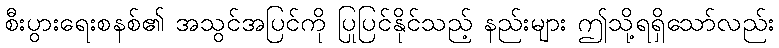
စီးပွားရေးစနစ်၏ အသွင်အပြင်ကို ပြုပြင်နိုင်သည့် နည်းများ ဤသို့ရရှိသော်လည်း